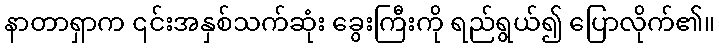
နာတာရှာက ၎င်းအနှစ်သက်ဆုံး ခွေးကြီးကို ရည်ရွယ်၍ ပြောလိုက်၏။